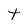
Character: t